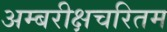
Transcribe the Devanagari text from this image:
अम्बरीक्षचरितम